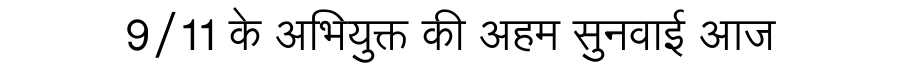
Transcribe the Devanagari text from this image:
9/11 के अभियुक्त की अहम सुनवाई आज